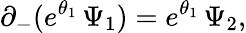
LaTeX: \partial_{-}(e^{\theta_{1}}\, \Psi_{1})=e^{\theta_{1}}\, \Psi_{2},